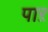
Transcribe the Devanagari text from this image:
पाऱ